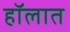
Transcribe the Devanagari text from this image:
हॉलात